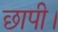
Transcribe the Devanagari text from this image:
छापी।